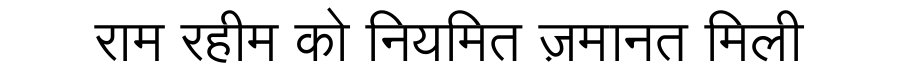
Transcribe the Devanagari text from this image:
राम रहीम को नियमित ज़मानत मिली